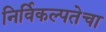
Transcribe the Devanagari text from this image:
निर्विकल्पतेचा